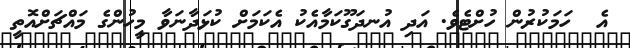
އެ  ހަމަކުރުން ހުށްޓެވެ. އަދި އުނދަގޫކަމާއެކު އެކަމަށް ކުޅަދާނަވާ މީހުންގެ މައްޗަށްއޮތީ